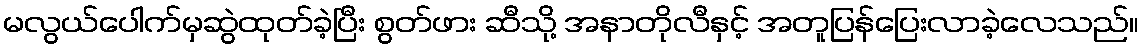
မလွယ်ပေါက်မှဆွဲထုတ်ခဲ့ပြီး စွတ်ဖား ဆီသို့ အနာတိုလီနှင့် အတူပြန်ပြေးလာခဲ့လေသည်။